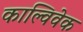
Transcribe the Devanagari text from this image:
काल्विवेक